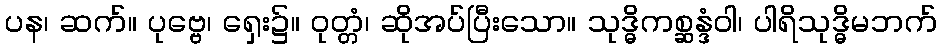
ပန၊ ဆက်။ ပုဗ္ဗေ၊ ရှေး၌။ ဝုတ္တံ၊ ဆိုအပ်ပြီးသော။ သုဒ္ဓိကစ္ဆန္ဒံဝါ၊ ပါရိသုဒ္ဓိမဘက်